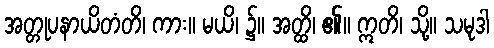
အတ္တုပနာယိတံတိ၊ ကား။ မယိ၊ ၌။ အတ္ထိ၊ ၏။ ဣတိ၊ သို့။ သမုဒါ